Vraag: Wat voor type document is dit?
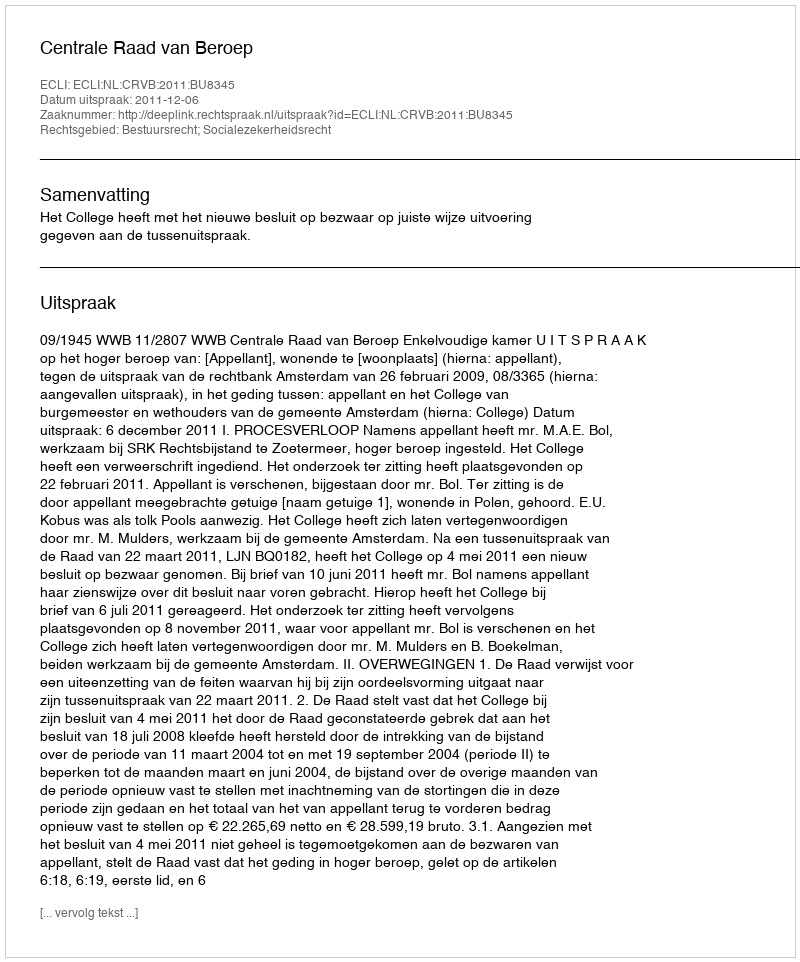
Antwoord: Uitspraak